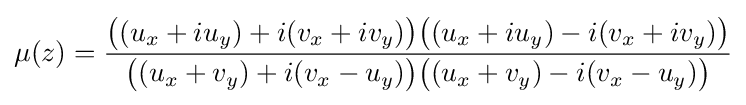
\displaystyle \mu (z)={\frac {{\bigl (}(u_{x}+iu_{y})+i(v_{x}+iv_{y}){\bigr )}{\bigl (}(u_{x}+iu_{y})-i(v_{x}+iv_{y}){\bigr )}}{{\bigl (}(u_{x}+v_{y})+i(v_{x}-u_{y}){\bigr )}{\bigl (}(u_{x}+v_{y})-i(v_{x}-u_{y}){\bigr )}}}